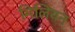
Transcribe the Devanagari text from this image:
मिलियन